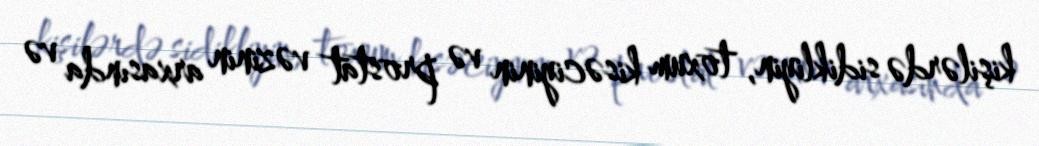
kişilərdə sidikliyin, toxum kisəciyinin və prostat vəzinin arxasında və